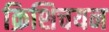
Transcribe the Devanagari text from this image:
क्रिशिचयन